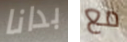
بدانا مع